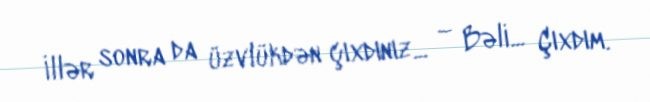
İllər sonra da üzvlükdən çıxdınız... – Bəli... Çıxdım.